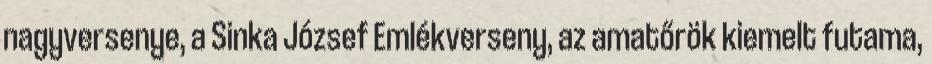
nagyversenye, a Sinka József Emlékverseny, az amatőrök kiemelt futama,